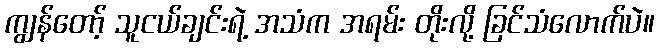
ကျွန်တော့် သူငယ်ချင်းရဲ့ အသံက အရမ်း တိုးလို့ ခြင်သံလောက်ပဲ။